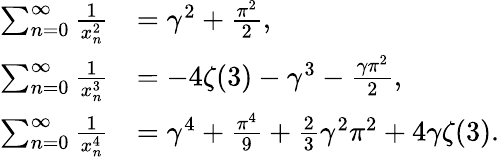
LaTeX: {\begin{array}{rl}{\sum_{n=0}^{\infty}{\frac{1}{x_{n}^{2}}}}&{=\gamma^{2}+{\frac{\pi^{2}}{2}},}\\ {\sum_{n=0}^{\infty}{\frac{1}{x_{n}^{3}}}}&{=-4\zeta(3)-\gamma^{3}-{\frac{\gamma\pi^{2}}{2}},}\\ {\sum_{n=0}^{\infty}{\frac{1}{x_{n}^{4}}}}&{=\gamma^{4}+{\frac{\pi^{4}}{9}}+{\frac{2}{3}}\gamma^{2}\pi^{2}+4\gamma\zeta(3).}\end{array}}